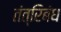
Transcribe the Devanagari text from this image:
तंत्रिबंध